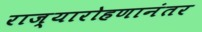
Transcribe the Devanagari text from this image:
राज्यारोहणानंतर